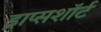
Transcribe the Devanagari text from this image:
ड्राप्सशॉर्ट